Bréfritari: Einar Andrésson
Viðtakandi: Jón Borgfirðings Jónsson
Dagsetning: A-1854-02-12
Skrifað á: Bólu  Skag.

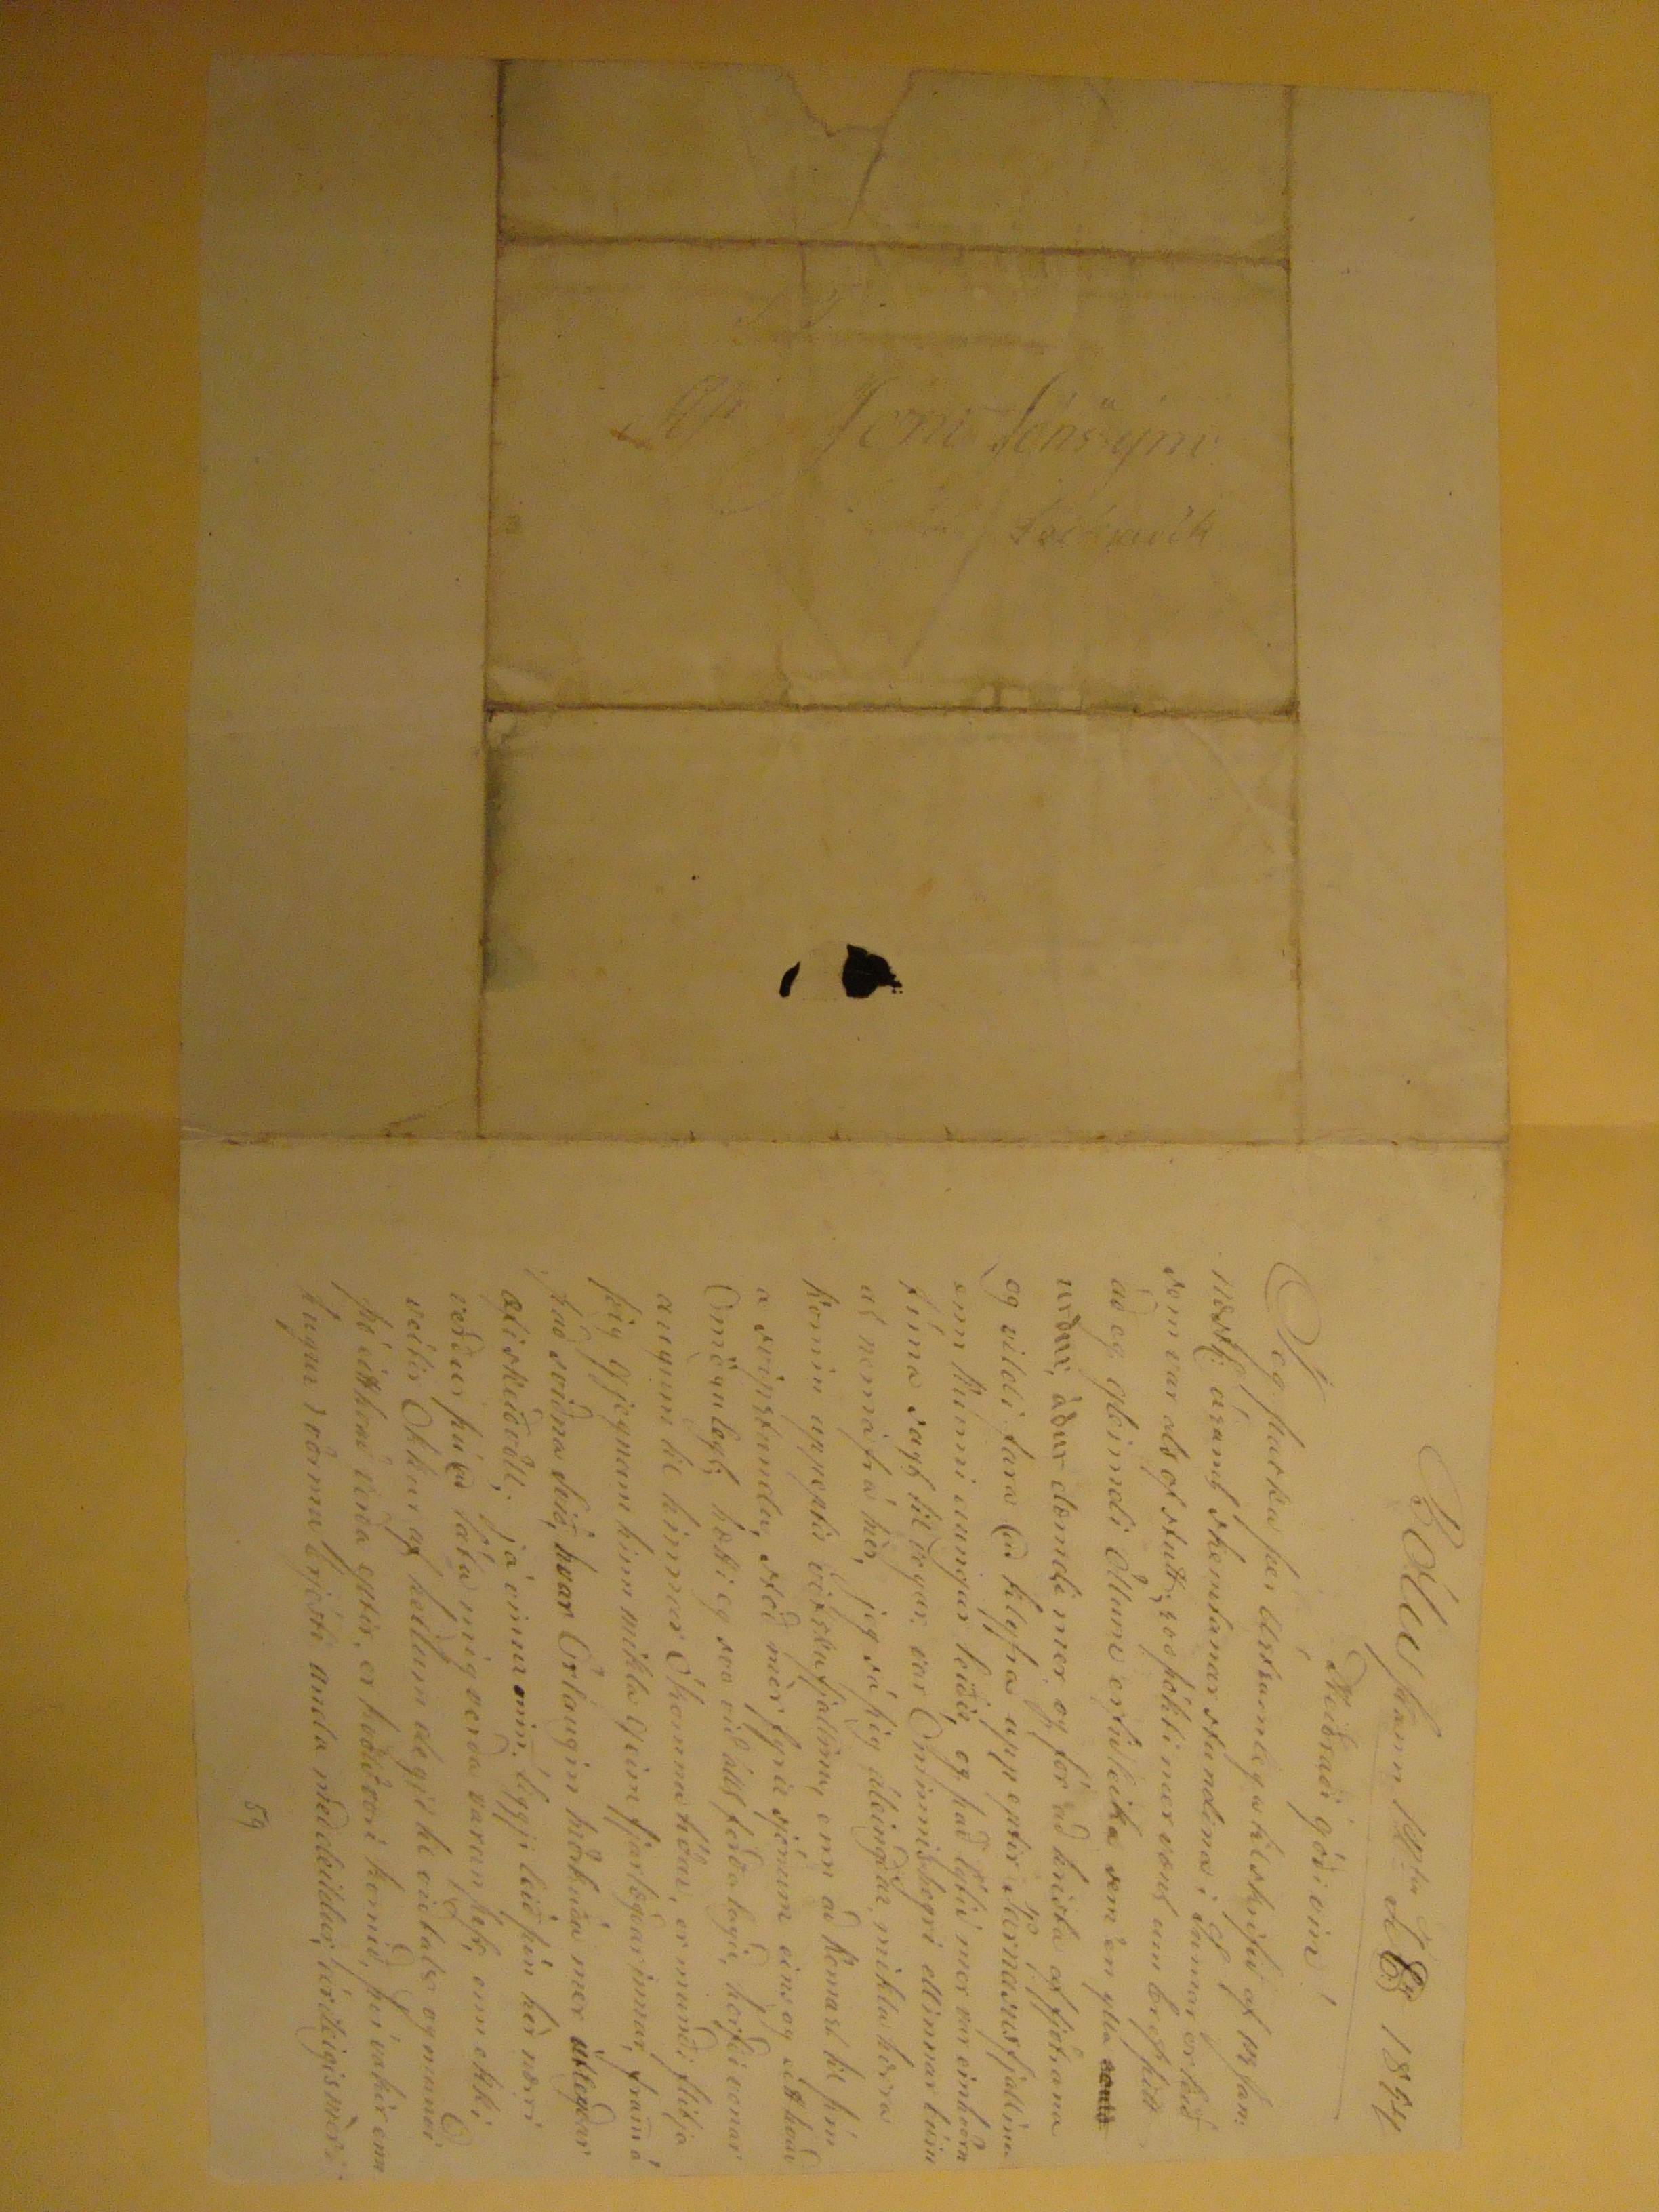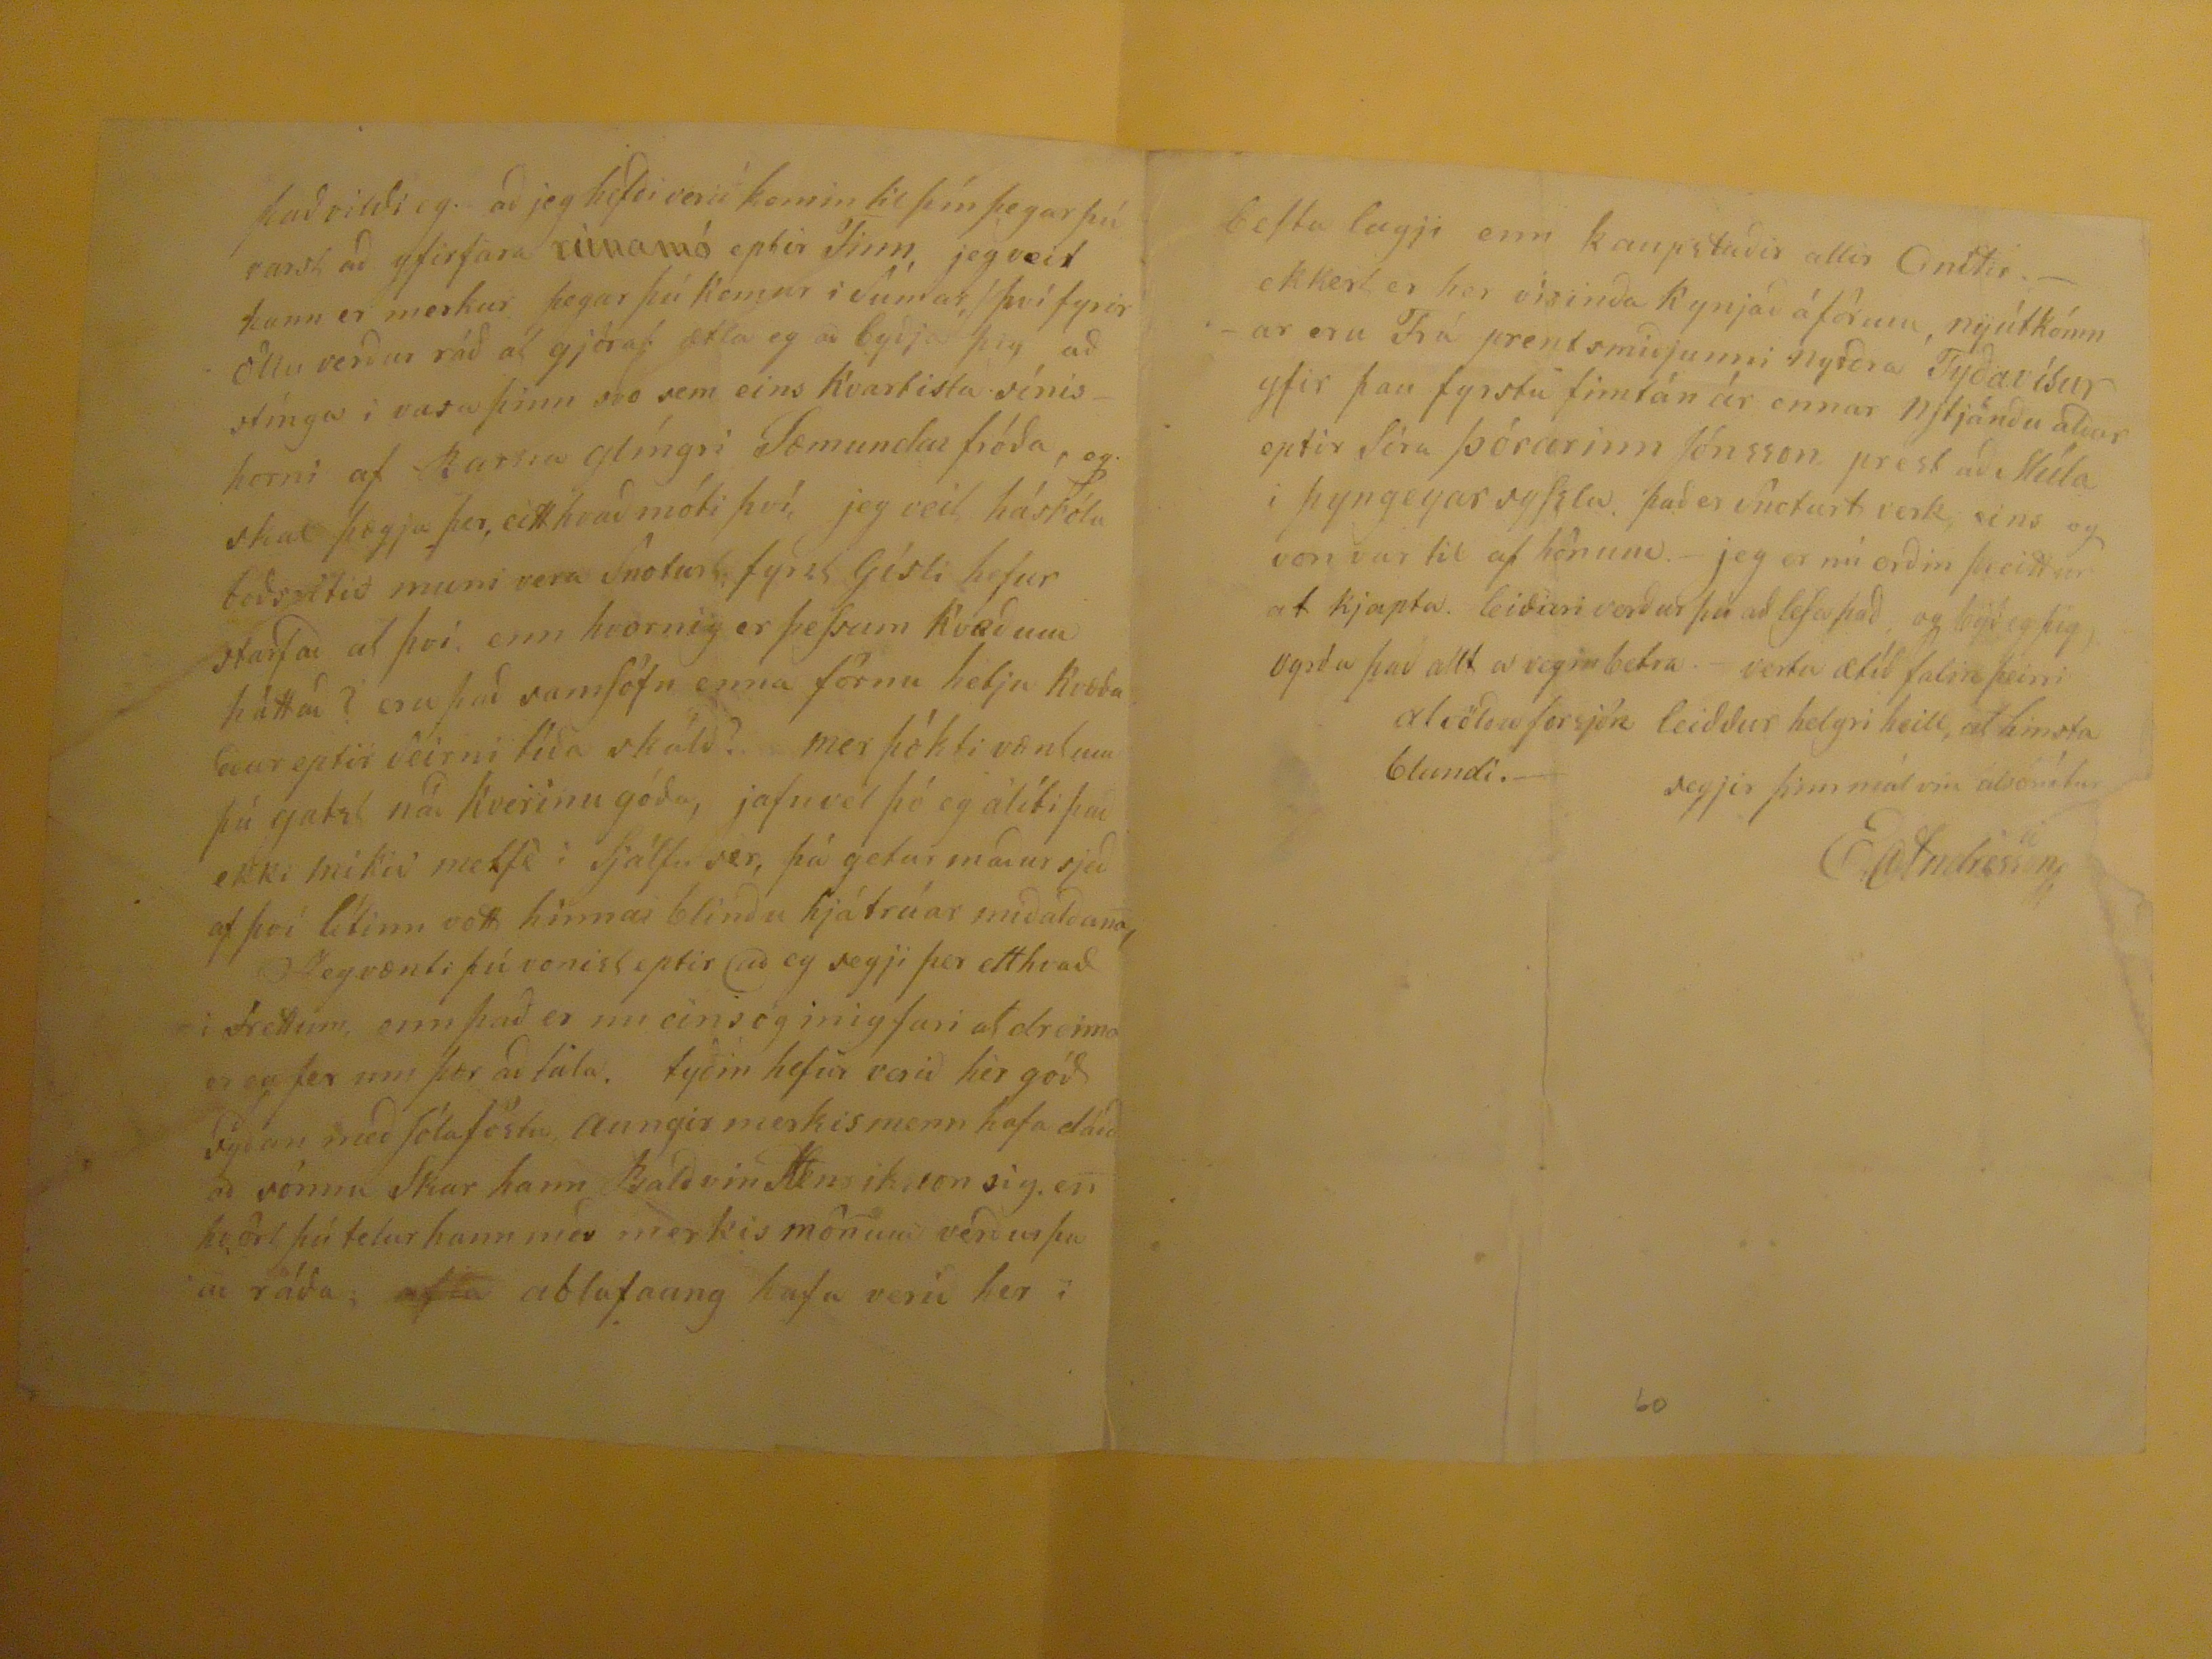

Bólu þann 12
ta
Fb 1854
Heiðraði góði vin !
Jeg þacka þer Ástsamlega tilskrifið af 13 Jan:
110???:
ásamt skemtanar stundina i Sumar er leið sem var als of stutt; svo þókti mer vænt um bref þitt að eg gleimdi öllum erfiðleika sem
en ylla
senið
urður, áður dæmdi mer og fór að krista af fjötrana og vildi fara að klyfra upp eptir Jårnanesfjallinu enn kunni aungar leiðir, og það
lýtir
mer var einhvörn tíma sagt til vegar var Óminnislhegri ellinnar búin að nema frá mér, jeg sá þig áleingðar, miklu hærra komin uppeptir vitskufjallinu, enn að komast til þín a svipstundu, stoð mér fyrir sjónum eins og eitthvað Omögulegt; hætti eg svo við allt ferðalagið, horfði vonar augum til hinnar Ókomnu tíðar, er munði flitja þig gjegnum hinn mikla geim fjarlægðarinnar, fram á það sviðja Svið, hvar Örlaugin mörkuðu mer útlegðar æfiskeiðvöll; já vinur min! liggji leið þín hér nærri verður þú að láta mig verða varan þess, enn ekki veitir Okkur af heilum degji til viðtals og munði þó eitthvað verða eptir, er kvöldvori komið, því vakir enn hugur i vörmu brjósti anda meðdeildur, árdeigismér
59
það vildi eg að jeg hefði verið komin til þín þegar þú varst að yfirfara
rúnamó
eptir Finn, jeg veit hann er merkur þegar þú kemur i Sumar, því fyrir öllu verður ráð að gjöras ætla eg að byðja þig að stínga i vasa þinn svo sem eins kvartista sínishorni af
karsra
glíngri Sæmundar fróða, og skal þægja þer, eitthvað móti því, jeg veit háskóla
boðsoltið
muni vera Snorturt fyrst Gísli hefur starfað að því, enn hvornig er þessum kvæðum háttað? eru það samsöfn enna förnu hetju kvæða aður eptir seirni tíða skáld? mer þókti væntum þú gatst náð kverinu góða, jafnvel þó eg álíti það ekki mikið metfé i Sjálfu sér, þá getur maður sjeð af því lítinn vott hinnar blindu hjátrúar miðaldana,
??
eg vænti þú vonist eptir að eg segji þer eitthvað i frettum, enn það er nu einsog mig fari að dreima er eg fer um þær að tala. tyðin hefur verið hér góð syðan með Jólaföstu aungir merkismenn hafa dáið að sönnu Skar hann Baldvin Henriksson sig, en hvrört þú telur hann með merkismönum verður þu að ráða;
afla
ablafaung hafa verið her i
besta lægji enn kaupstaðir allir
Onitir
.- ekkert er her visinda kynjað áförum, nyútkómnar eru Frá prentsmiðmjunni nyrðra Tyðavísur yfir þau fyrstu fimtán ár ennar njtjándu aldar eptir Séra Þórarinn Jónsson prest að Skúla i þyngeyarsysslu það er Snoturt verk, eins og von var til af hönum.- jeg er nú orðin þreittur af kjapta. leiðari verður þú að lesa það og byð eg þig vyrða það allt a vegin betra.- vertu ætíð falin þeim alvölduforsjón leiddur helgri heill, af hinsta blundi.-
segjir þinn málvin
alsomtur
EAndrésson
60
Afr Joni Jónssyni
Reikavík